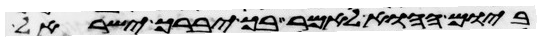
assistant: ביום ההוא לאמר בך יברך ישראל